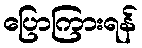
ပြောကြားရန်